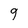
Character: 9